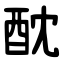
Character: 酖